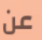
عن